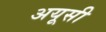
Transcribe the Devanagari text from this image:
अयूसी